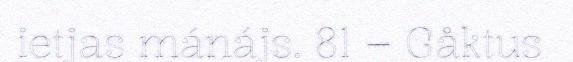
ietjas mánájs. 81 – Gåktus